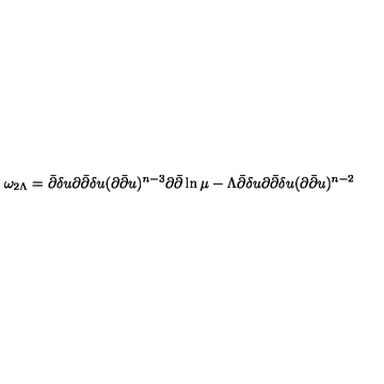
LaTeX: \omega _ { 2 \Lambda } = \bar { \partial } \delta u \partial \bar { \partial } \delta u ( \partial \bar { \partial } u ) ^ { n - 3 } \partial \bar { \partial } \ln \mu - \Lambda \bar { \partial } \delta u \partial \bar { \partial } \delta u ( \partial \bar { \partial } u ) ^ { n - 2 }